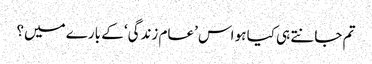
تم جانتے ہی کیا ہو اس ’عام زندگی‘ کے بارے میں؟